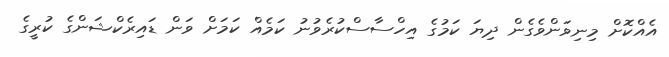
އެއްކޮށް މިނިވަންވެގެން ދިޔަ ކަމުގެ އިހްސާސްކުރެވުނު ކަމެއް ކަމަށް ވަން ޑައިރެކްޝަންގެ ކުރީގެ